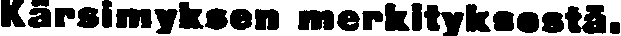
Kärsimyksen merkityksestä.